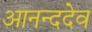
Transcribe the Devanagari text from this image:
आनन्ददेव